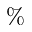
\%